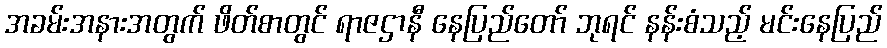
အခမ်းအနားအတွက် ဖိတ်စာတွင် ရာဇဌာနီ နေပြည်တော် ဘုရင် နန်းစံသည့် မင်းနေပြည်